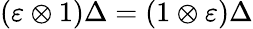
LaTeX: (\varepsilon\otimes 1)\Delta=(1\otimes\varepsilon)\Delta